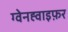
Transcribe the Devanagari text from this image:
ग्वेनह्वाइफ़र